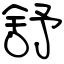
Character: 舒